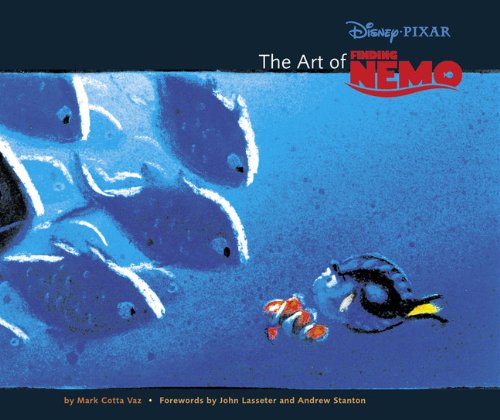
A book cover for The Art of Finding Nemo; Mark Cotta Vaz; Computers & Technology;